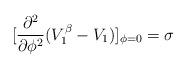
LaTeX: \begin{align*}[\frac{\partial^2}{\partial\phi^2}(V^{\beta}_1-V_1)]_{\phi=0}=\sigma\end{align*}